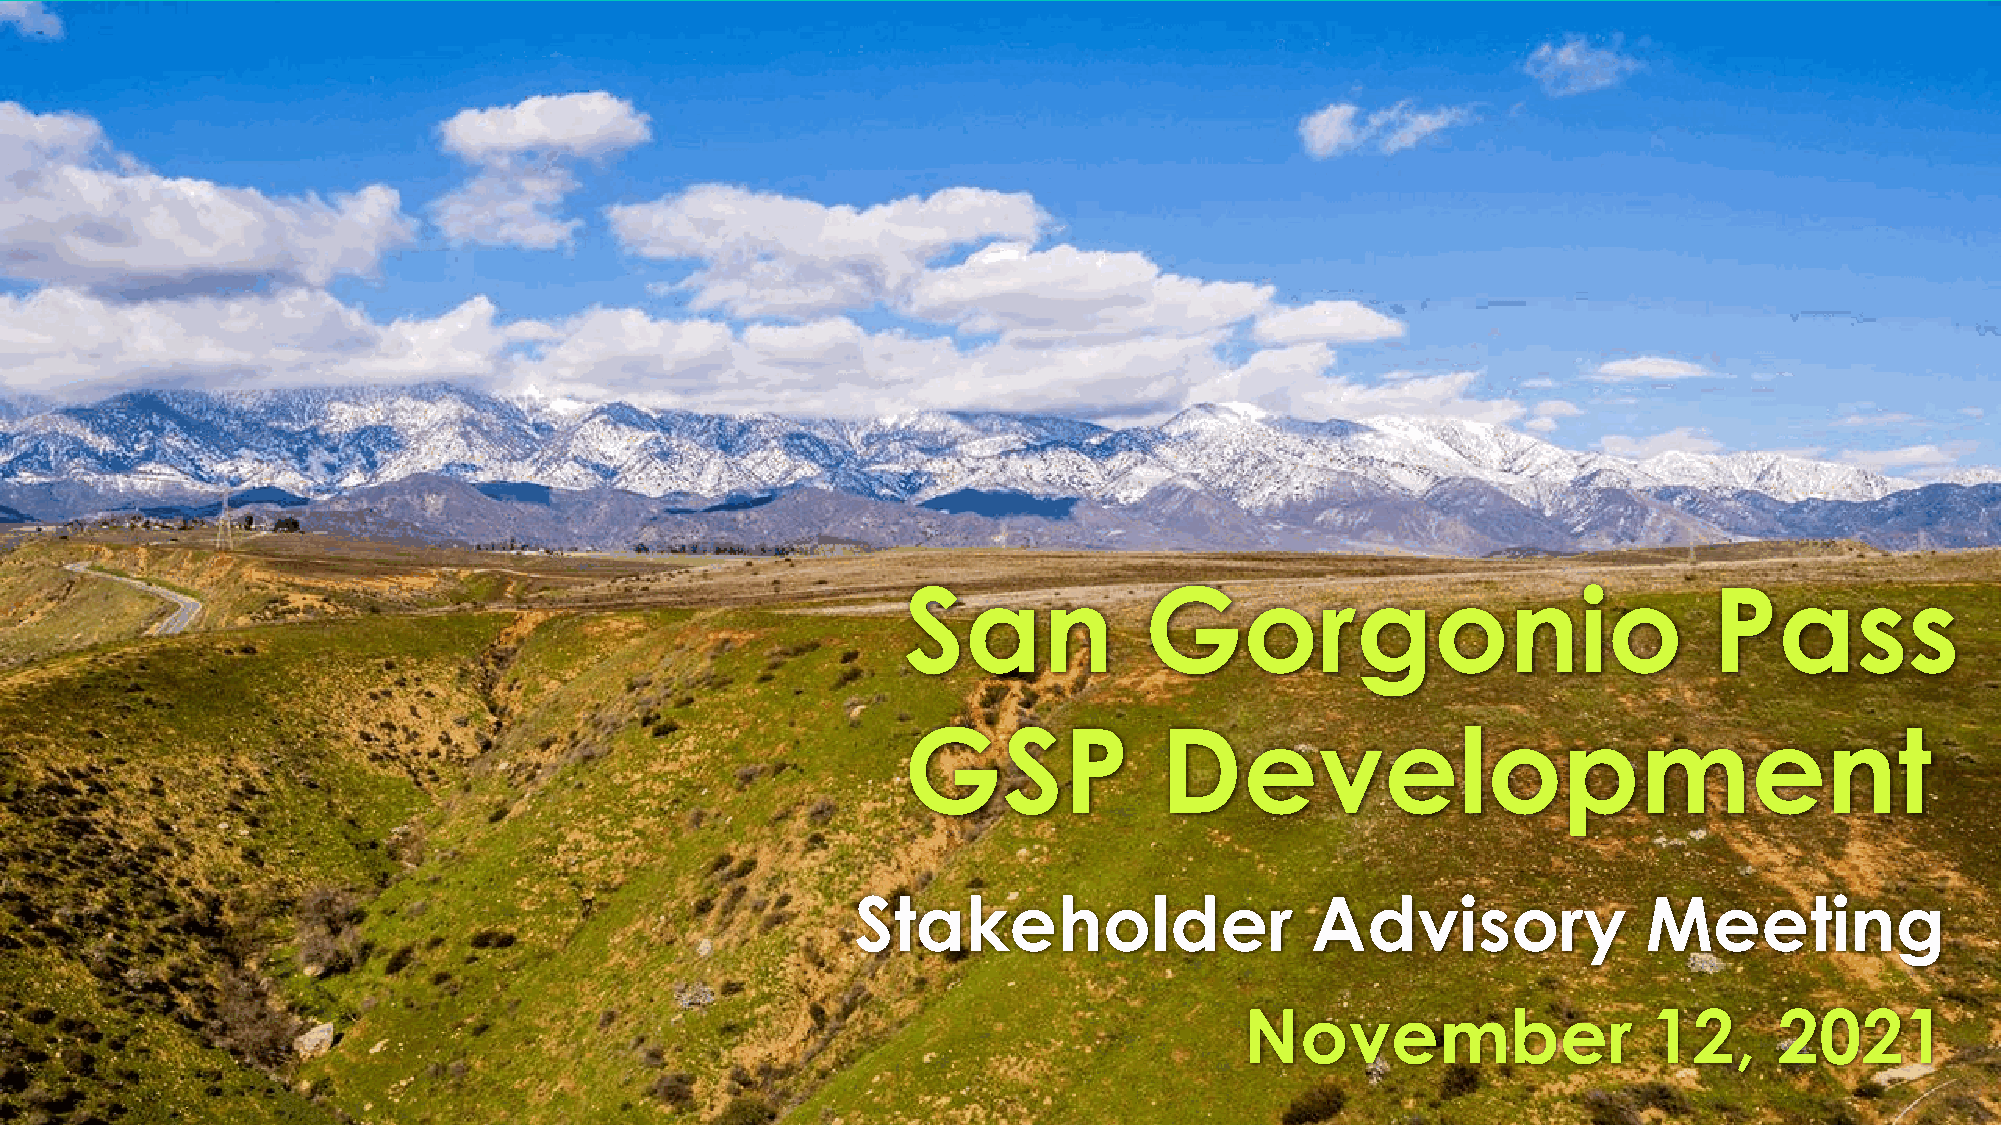
San             Gorgonio                             Pass
 GSP              Development
 Stakeholder                   Advisory              Meeting
 November                   12,      2021